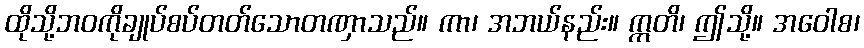
ထိုသို့ဘဝကိုချုပ်စပ်တတ်သောတဏှာသည်။ ကာ၊ အဘယ်နည်း။ ဣတိ၊ ဤသို့။ အဝေါစ၊